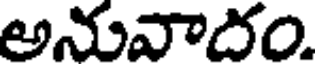
అనువాదం.